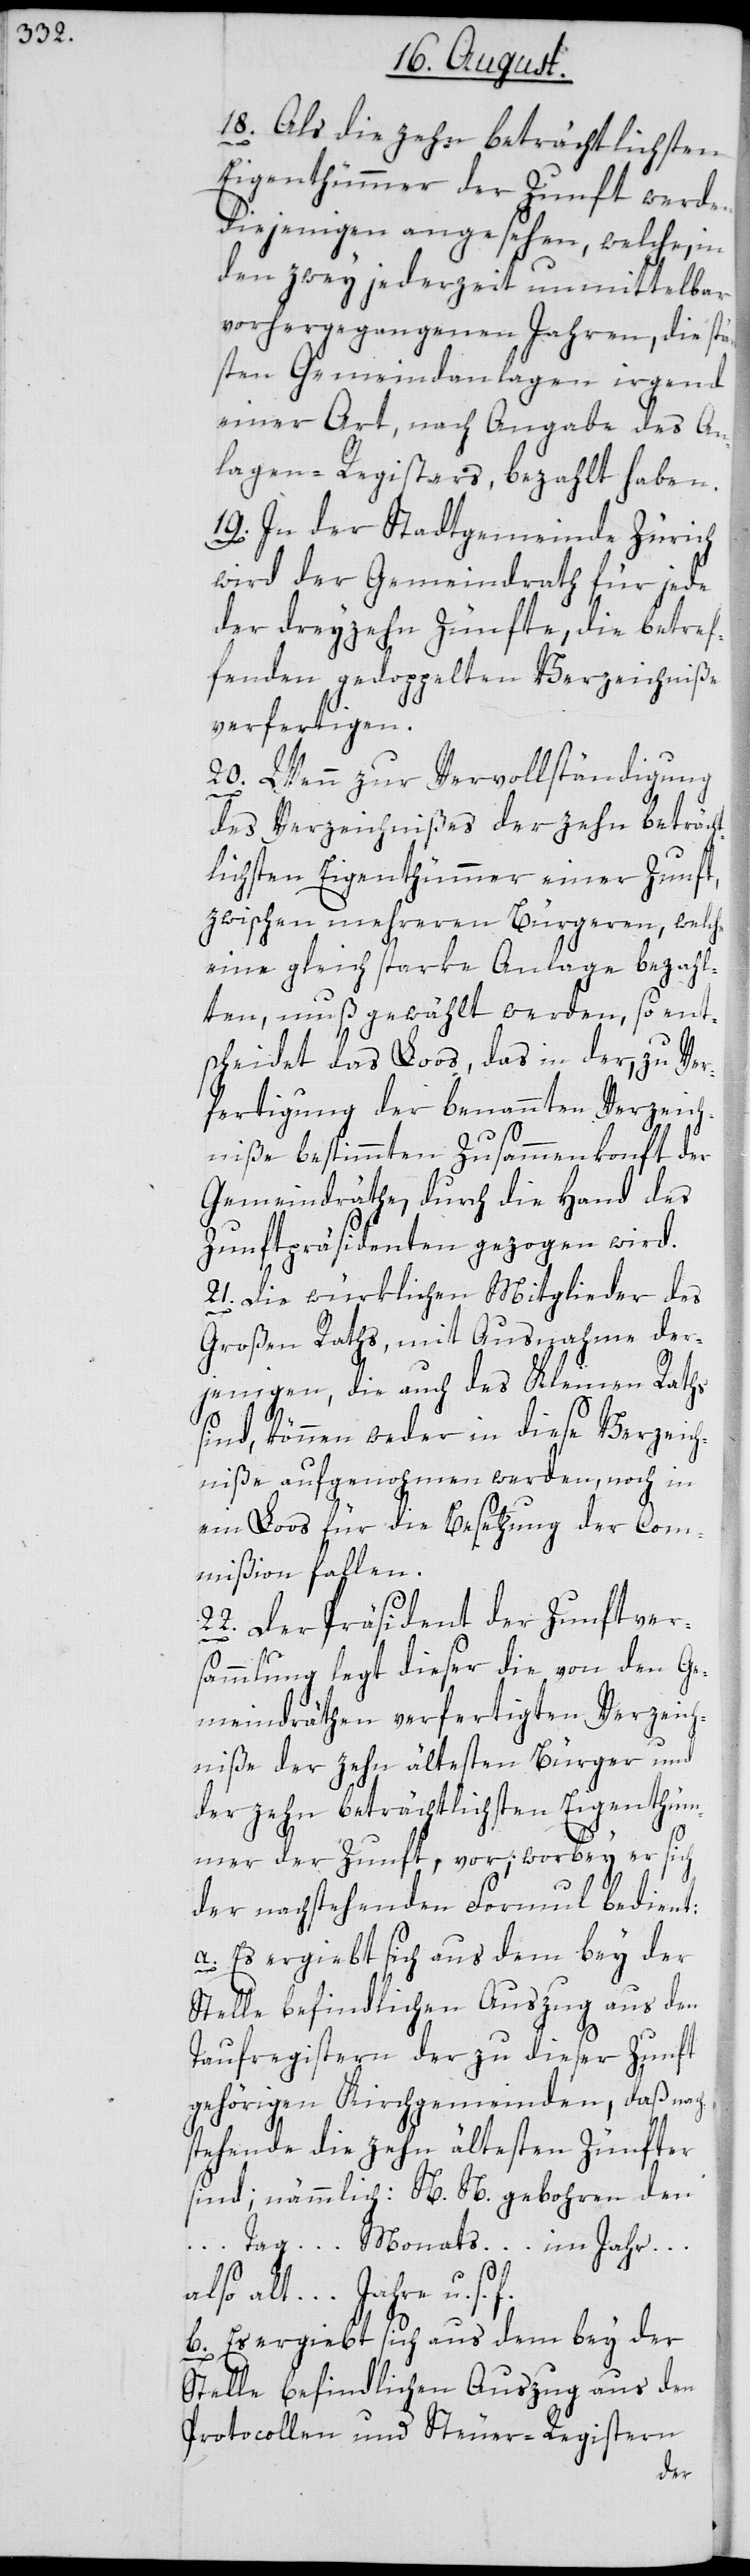
18. Als die zehn beträchtlichsten
Eigenthümmer der Zunft werden
diejenigen angesehen, welche, in
den zwey jederzeit unmittelbar
vorhergegangenen Jahren, die stä¬
rksten Gemeindanlagen irgend
einer Art, nach Angabe des An¬
lagen-Registers, bezahlt haben.
19. In der Stadtgemeinde Zürich
wird der Gemeindrath für jede
der dreyzehn Zünfte, die betref¬
fenden gedoppelten Verzeichniße
verfertigen.
20. Wenn zur Vervollständigung
des Verzeichnißes der zehn beträch¬
tlichsten Eigenthümmer einer Zunft,
zwischen mehreren Bürgeren, welche
eine gleiche starke Anlage bezahl¬
ten, muß gewählt werden, so ent¬
scheidet das Loos, das in der, zu Ver¬
fertigung der benannten Verzeich¬
niße bestimmten Zusammenkonft der
Gemeindräthe, durch die Hand des
Zunftpräsidenten gezogen wird.
21. Die würklichen Mitglieder des
Großen Raths, mit Ausnahme der¬
jenigen, die auch des Kleinen Raths
sind, können weder in diese Verzeich¬
niße aufgenohmen werden, noch in
ein Loos für die Besetzung der Com¬
mißion fallen.
22. Der Präsident der Zunftver¬
sammlung legt dieser die von den Ge¬
meindräthen verfertigten Verzeich¬
niße der zehn ältesten Bürger und
der zehn beträchtlichsten Eigenthüm¬
mer der Zunft, vor; worbey er sich
der nachstehenden Formul bedient:
a. Es ergiebt sich aus dem bey der
Stelle befindlichen Auszug aus den
Taufregistern der zu dieser Zunft
gehörigen Kirchgemeinden, daß nach¬
stehende die zehn ältesten Zünfter
sind, nämmlich: N. N. gebohren den
… Tag … Monats … im Jahr …
also alt … Jahre u. s.
b. Es ergiebt sich aus dem bey der
Stelle befindlichen Auszug aus den
Protocollen und Steuer-Registern